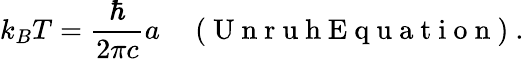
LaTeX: k_{B}T=\frac{\hbar}{2\pi c}a\enspace\enspace\mathrm{~(~U~n~r~u~h~E~q~u~a~t~i~o~n~)~}.